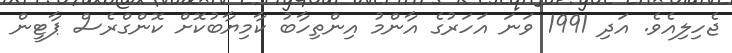
ޖެހިލިއެވެ. އަދި 1991 ވަނަ އަހަރުގެ އާންމު އިންތިހާބު ކާމިޔާބުކޮށް ކޮންގްރެސް ޕާޓީން